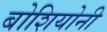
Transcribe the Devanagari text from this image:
बोशियोनी